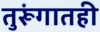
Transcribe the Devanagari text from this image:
तुरूंगातही